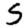
Digit: 5